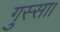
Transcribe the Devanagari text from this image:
गुस्सा।